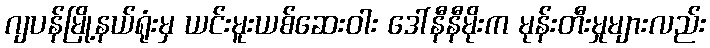
ဂျပန်မြို့နယ်ရုံးမှ ယင်းမူးယစ်ဆေးဝါး ဒေါ်နီနီမိုးက မုန်းတီးမှုများလည်း